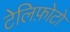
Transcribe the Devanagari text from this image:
टेलिफ़ोटो